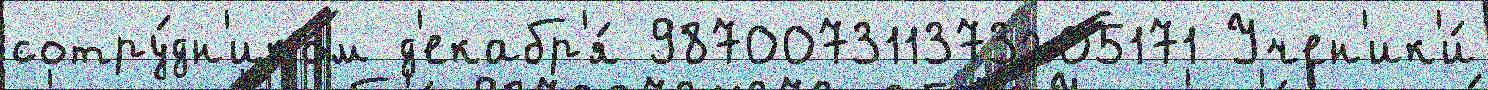
сотру́дн'иком д'екабр'я́ 987007311373205171 Учен'ик'и́